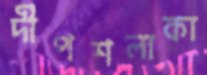
দীপশলাকা